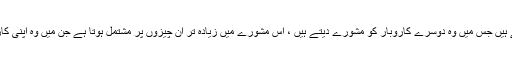
بزنس کنسلٹنٹس سال میں کم سے کم make 90،000 بناتے ہیں جس میں وہ دوسرے کاروبار کو مشورے دیتے ہیں ، اس مشورے میں زیادہ تر ان چیزوں پر مشتمل ہوتا ہے جن میں وہ اپنی کاروباری زندگی کے دوران گزر چکے ہیں اور تجربہ کیا ہے۔